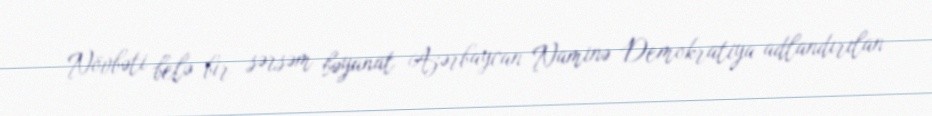
Növbəti belə bir sərsəm bəyanat Azərbaycan Naminə Demokratiya adlandırılan